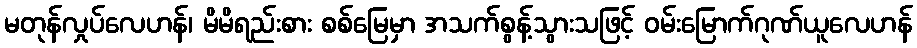
မတုန်လှုပ်လေဟန်၊ မိမိရည်းစား စစ်မြေမှာ အသက်စွန့်သွားသဖြင့် ဝမ်းမြောက်ဂုဏ်ယူလေဟန်